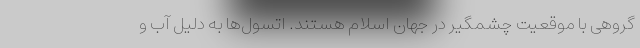
گروهی با موقعیت چشمگیر در جهان اسلام هستند. اتسول‌ها به دلیل آب و